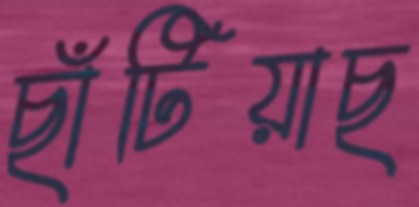
ছাঁটিয়াছ